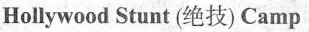
Hollywood Stunt (绝技) Camp